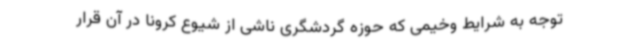
توجه به شرایط وخیمی که حوزه گردشگری ناشی از شیوع کرونا در آن قرار